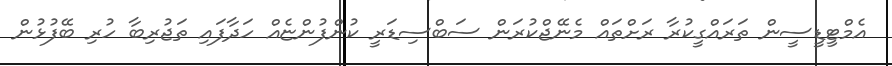
އެމްޓީޑީސީން ތަރައްގީކުރާ ރަށްތައް މެނޭޖްކުރަން ސަބްސިޑަރީ ކުންފުންޏެއް ހަދާފައި ތަޖުރިބާ ހުރި ބޭފުޅުން